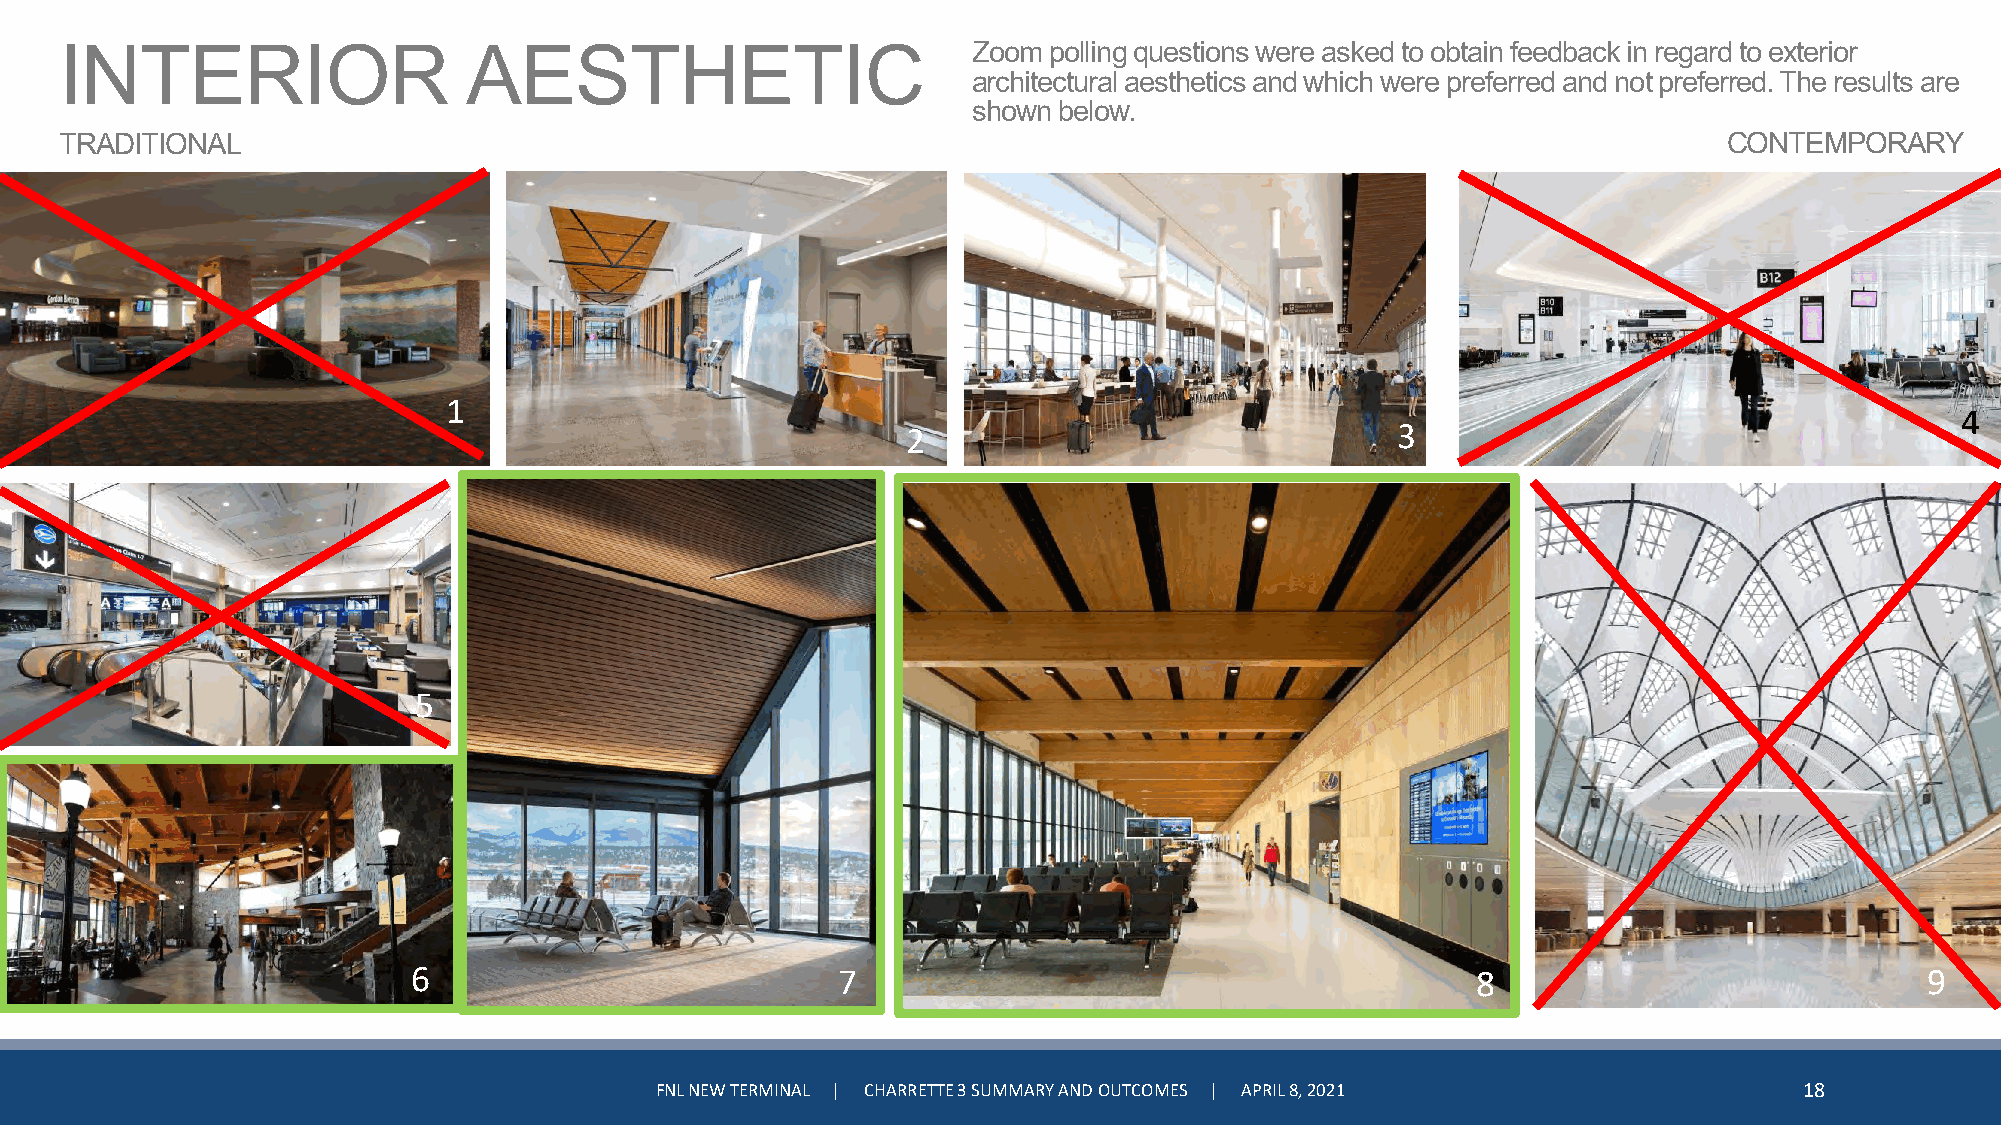
INTERIOR                   AESTHETIC                        Zoom polling questions were asked to obtain feedback in regard to exterior
 architectural aesthetics and which were preferred and not preferred. The results are
 shown below.
 TRADITIONAL                                                                                                   CONTEMPORARY
 1
 4
 2                               3
 6
 5
 6                           7                                          8                             9
 FNL NEW TERMINAL | CHARRETTE 3 SUMMARY AND OUTCOMES | APRIL 8, 2021         18